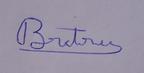
Signature authenticity: genuine